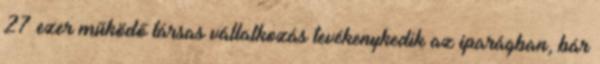
27 ezer működő társas vállalkozás tevékenykedik az iparágban, bár